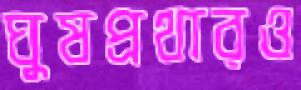
ঘুষপ্রথারও